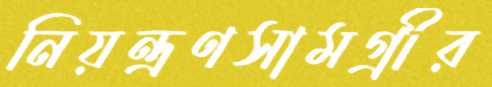
নিয়ন্ত্রণসামগ্রীর